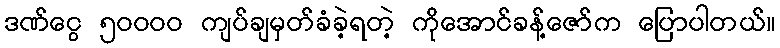
ဒဏ်ငွေ ၅ဝဝဝဝ ကျပ်ချမှတ်ခံခဲ့ရတဲ့ ကိုအောင်ခန့်ဇော်က ပြောပါတယ်။